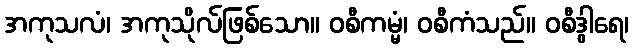
အကုသလံ၊ အကုသိုလ်ဖြစ်သော။ ဝစီကမ္မံ၊ ဝစီကံသည်။ ဝစီဒွါရေ၊